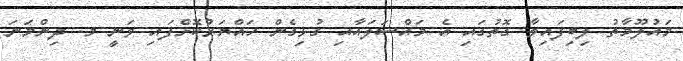
މައުލޫމާތު ލިބިފައިވާ ގޮތުގައި އެ މައްސަލައާއި ގުޅިގެން ހައްޔަރުކޮށްފައި ވަނީ މ. ދިންމަނަ